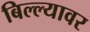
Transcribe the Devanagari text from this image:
बिल्ल्यावर